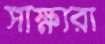
সাক্ষ্যরা